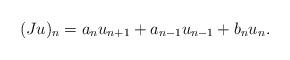
LaTeX: \begin{align*}(Ju)_n = a_n u_{n+1} + a_{n-1}u_{n-1} + b_n u_n .\end{align*}